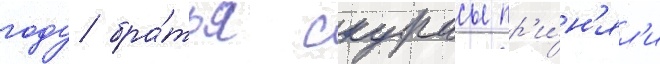
году бра́тья скурасы пр'и́н'ял'и